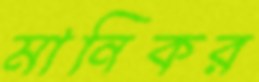
মানিকর